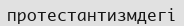
протестантизмдегі